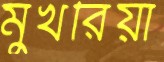
মুখরিয়া